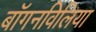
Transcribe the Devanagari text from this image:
बॉगनविलिया